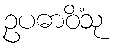
ဥပဓာဝိံသု